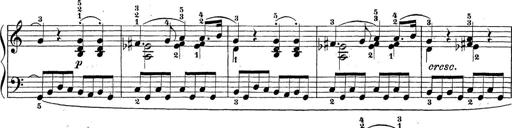
Title: Sonatina Album
Composer: Louis KÃ¶hler